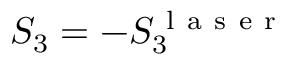
S _ { 3 } = - S _ { 3 } ^ { \mathrm { ~ l ~ a ~ s ~ e ~ r ~ } }